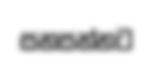
සනසන්නට